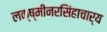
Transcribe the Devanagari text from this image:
लक्ष्मीनरसिंहाचार्य